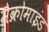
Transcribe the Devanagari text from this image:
मैक्रोमाइंड